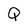
Character: Q